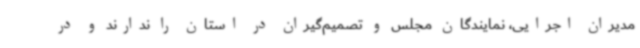
مدیران اجرایی، نمایندگان مجلس و تصمیم‌گیران در استان را ندارند و در